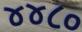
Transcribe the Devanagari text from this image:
४४८०